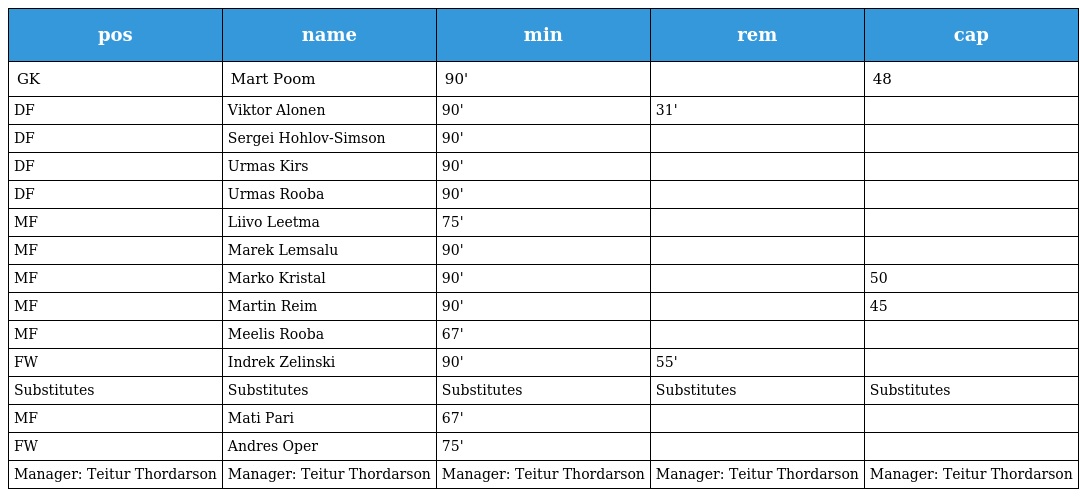
| pos | name | min | rem | cap |
 | --- | --- | --- | --- | --- |
 | GK | Mart Poom | 90' |  | 48 |
 | DF | Viktor Alonen | 90' | 31' |  |
 | DF | Sergei Hohlov-Simson | 90' |  |  |
 | DF | Urmas Kirs | 90' |  |  |
 | DF | Urmas Rooba | 90' |  |  |
 | MF | Liivo Leetma | 75' |  |  |
 | MF | Marek Lemsalu | 90' |  |  |
 | MF | Marko Kristal | 90' |  | 50 |
 | MF | Martin Reim | 90' |  | 45 |
 | MF | Meelis Rooba | 67' |  |  |
 | FW | Indrek Zelinski | 90' | 55' |  |
 | Substitutes | Substitutes | Substitutes | Substitutes | Substitutes |
 | MF | Mati Pari | 67' |  |  |
 | FW | Andres Oper | 75' |  |  |
 | Manager: Teitur Thordarson | Manager: Teitur Thordarson | Manager: Teitur Thordarson | Manager: Teitur Thordarson | Manager: Teitur Thordarson |